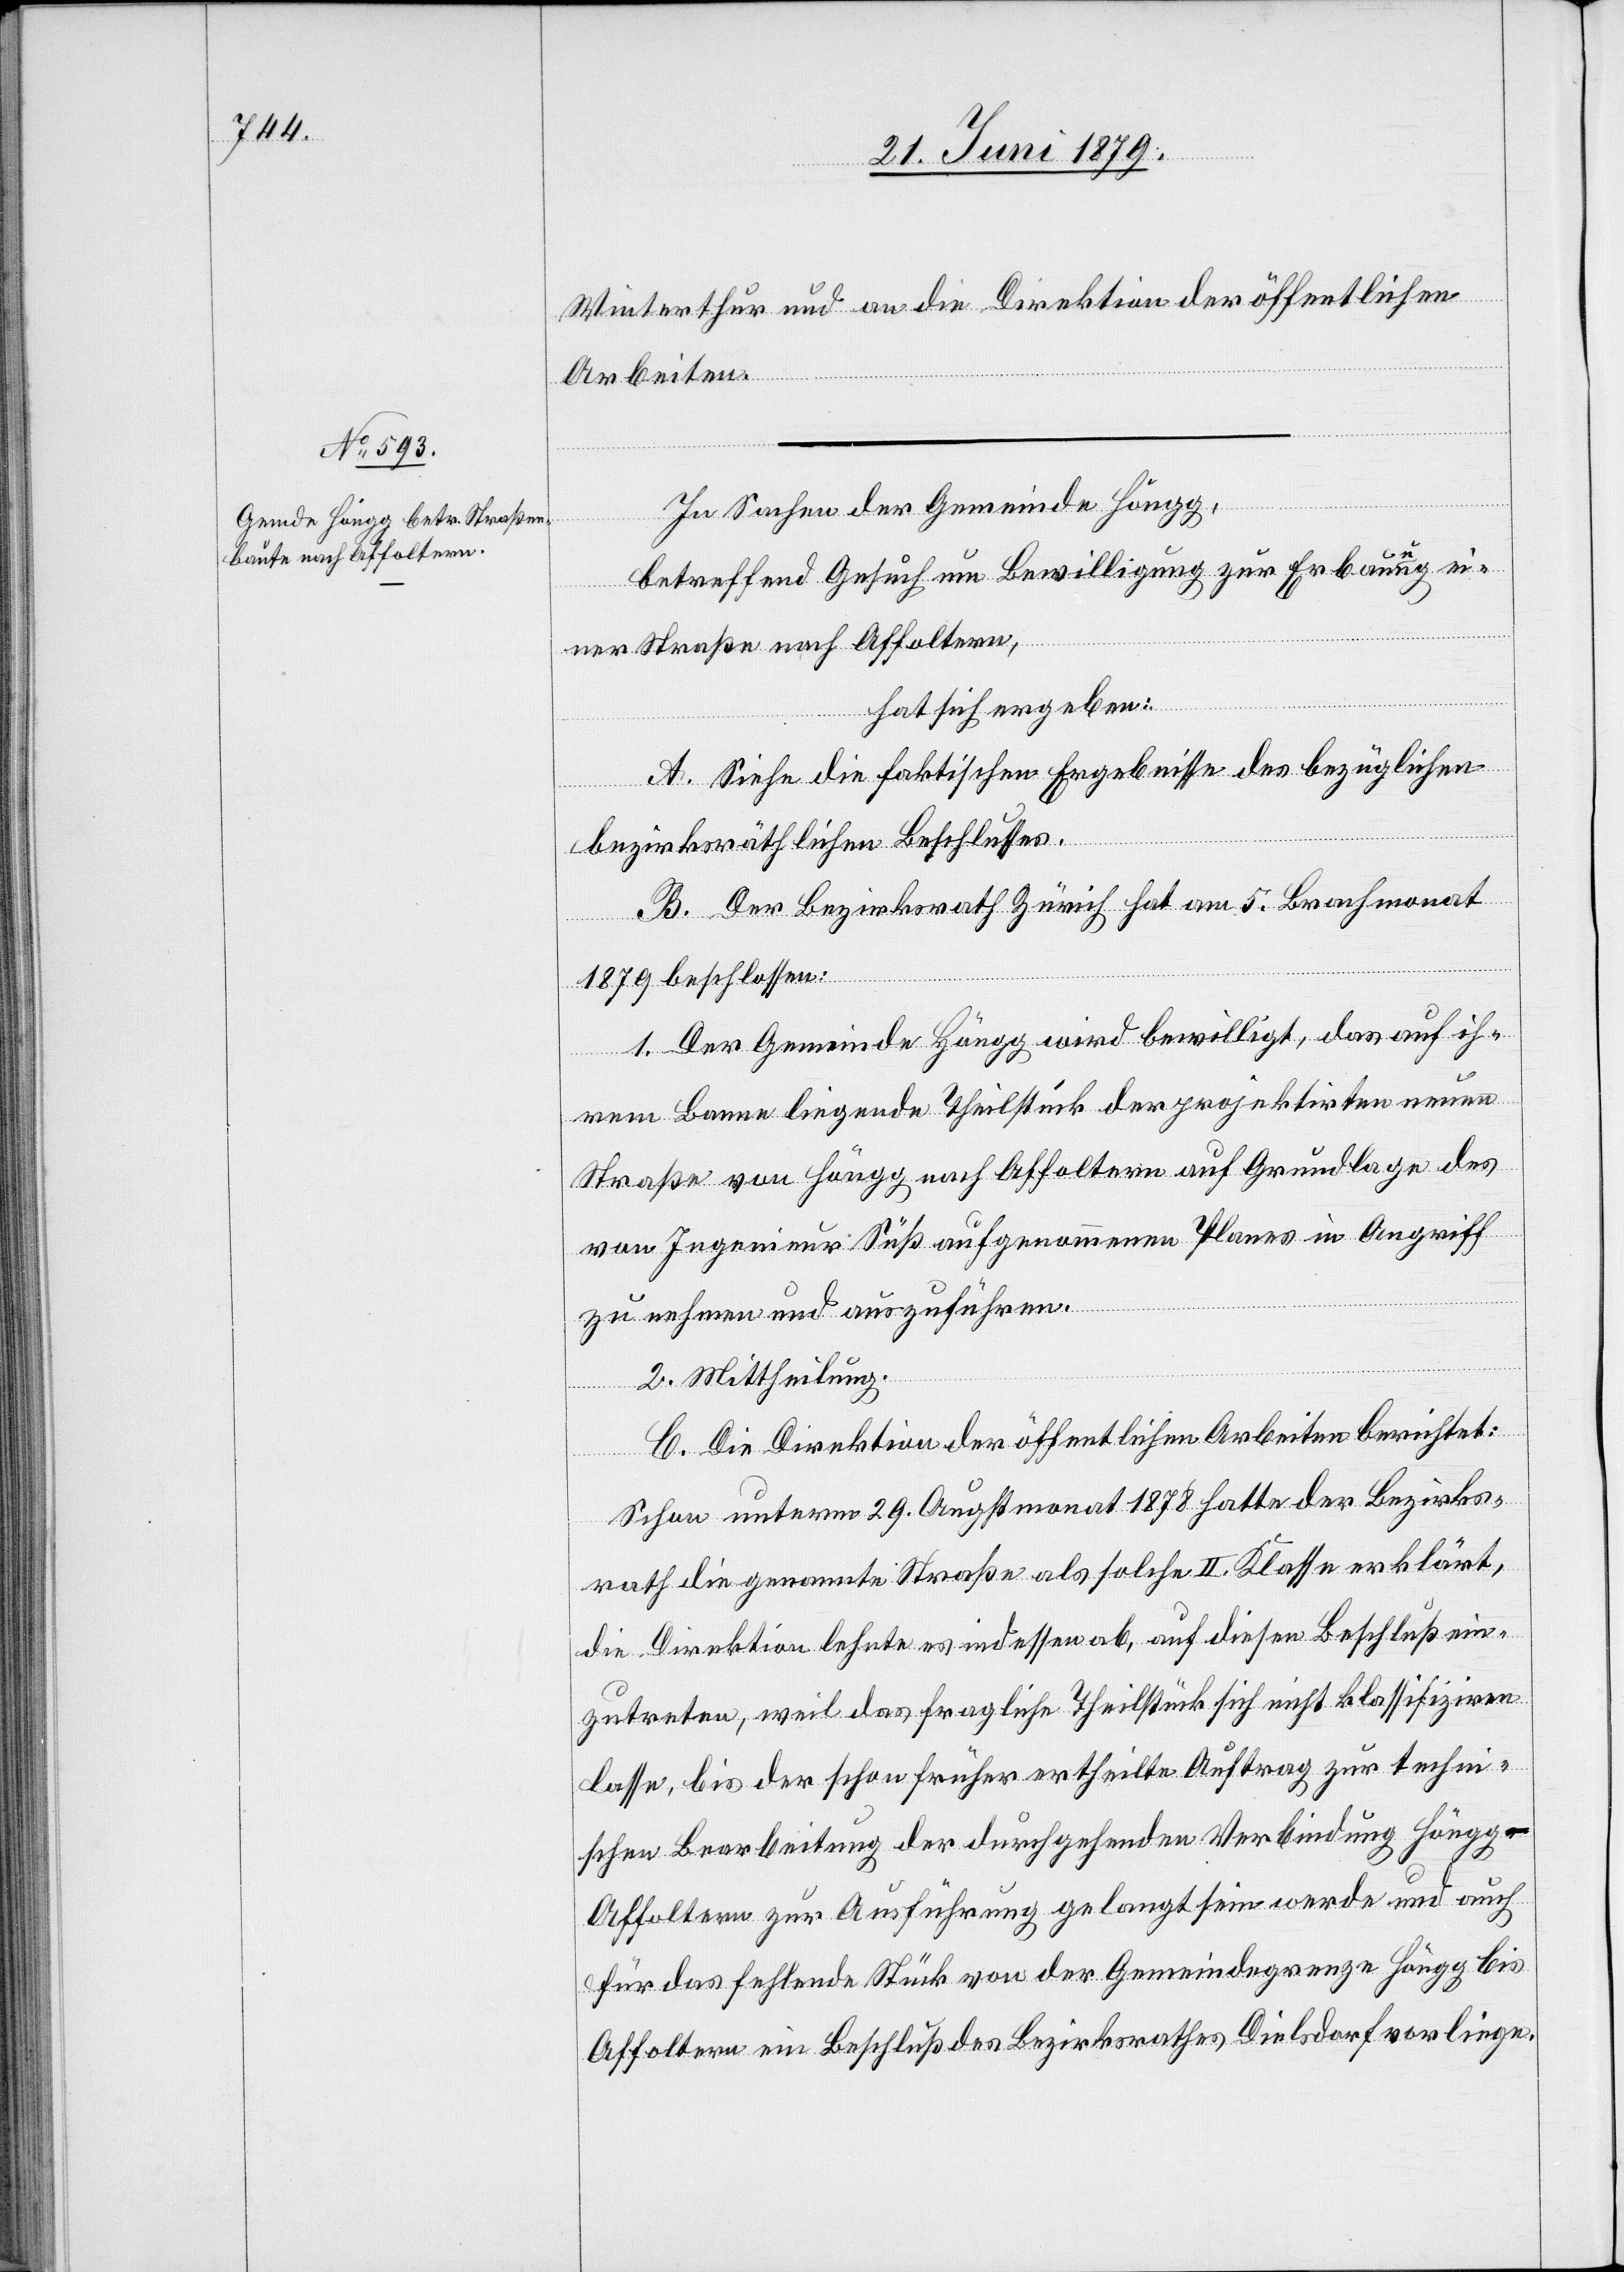
Winterthur und an die Direktion der öffentlichen
Arbeiten.
In Sachen der Gemeinde Höngg,
betreffend Gesuch um Bewilligung zur Erbauung ei¬
ner Straße nach Affoltern,
hat sich ergeben:
A. Siehe die faktischen Ergebnisse des bezüglichen
bezirksräthlichen Beschlusses.
B. Der Bezirksrath Zürich hat am 5. Brachmonat
1879 beschlossen:
1. Der Gemeinde Höngg wird bewilligt, das auf ih¬
rem Banne liegende Theilstück der projektirten neuen
Straße von Höngg nach Affoltern auf Grundlage des
von Ingenieur Süß aufgenommenen Planes in Angriff
zu nehmen und auszuführen.
2. Mittheilung.
C. Die Direktion der öffentlichen Arbeiten berichtet:
Schon unterm 29. Augstmonat 1878 hatte der Bezirks¬
rath die genannte Straße als solche II. Klasse erklärt,
die Direktion lehnte es indessen ab, auf diesen Beschluß ein¬
zutreten, weil das fragliche Theilstück sich nicht klassifiziren
lasse, bis der schon früher ertheilte Auftrag zur techni¬
schen Bearbeitung der durchgehenden Verbindung Höngg–A¬
ffoltern zur Ausführung gelangt sein werde und auch
für das fehlende Stück von der Gemeindegrenze Höngg bis
Affoltern ein Beschluß des Bezirksrathes Dielsdorf vorliege.